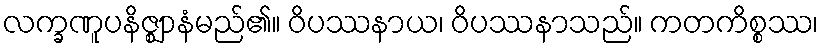
လက္ခဏူပနိဇ္ဈာနံမည်၏။ ဝိပဿနာယ၊ ဝိပဿနာသည်။ ကတကိစ္စဿ၊